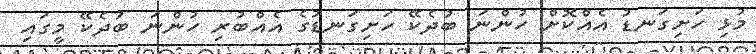
މުޅި ހަށިގަނޑު އެއްކޮށް ހުންނަ ބުދެކޭ ހަށިގަނޑުގެ އެއްބުރި ހުންނަ ބުދެކޭ މީގައި